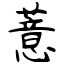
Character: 薏